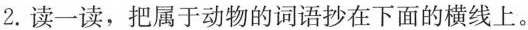
2.读一读，把属于动物的词语抄在下面的横线上。